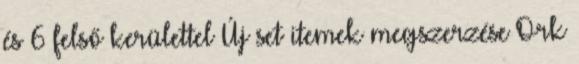
és 6 felső kerülettel Új set itemek megszerzése Ork